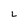
Character: L